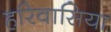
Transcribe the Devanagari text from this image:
हरिवासिया